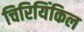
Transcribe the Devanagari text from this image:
चिरियिंकिल